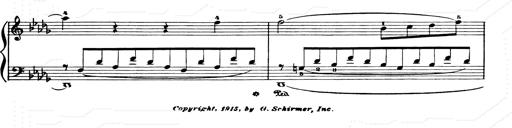
Title: Consolations and LiebestrÃ¤ume for the Piano
Composer: Franz Liszt